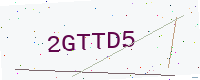
Text: 2GTTD5